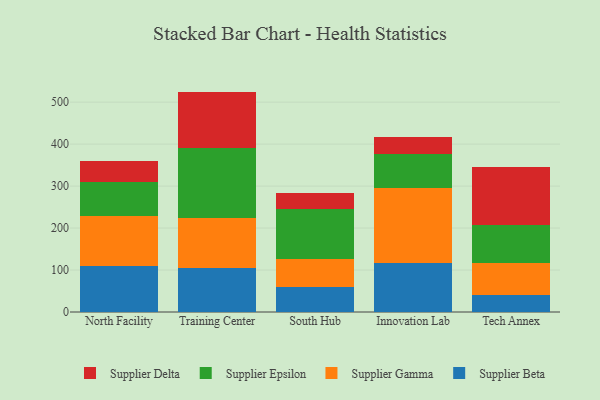
{"axis": {"x": "Campus", "y": "Shipments"}, "legend": ["Supplier Beta", "Supplier Delta", "Supplier Epsilon", "Supplier Gamma"], "data": [{"x": "North Facility", "y": 110.1, "type": "Supplier Beta"}, {"x": "North Facility", "y": 117.6, "type": "Supplier Gamma"}, {"x": "North Facility", "y": 82.8, "type": "Supplier Epsilon"}, {"x": "North Facility", "y": 49.0, "type": "Supplier Delta"}, {"x": "Training Center", "y": 104.2, "type": "Supplier Beta"}, {"x": "Training Center", "y": 119.7, "type": "Supplier Gamma"}, {"x": "Training Center", "y": 166.8, "type": "Supplier Epsilon"}, {"x": "Training Center", "y": 134.4, "type": "Supplier Delta"}, {"x": "South Hub", "y": 60.7, "type": "Supplier Beta"}, {"x": "South Hub", "y": 66.0, "type": "Supplier Gamma"}, {"x": "South Hub", "y": 119.7, "type": "Supplier Epsilon"}, {"x": "South Hub", "y": 36.7, "type": "Supplier Delta"}, {"x": "Innovation Lab", "y": 117.8, "type": "Supplier Beta"}, {"x": "Innovation Lab", "y": 177.9, "type": "Supplier Gamma"}, {"x": "Innovation Lab", "y": 80.9, "type": "Supplier Epsilon"}, {"x": "Innovation Lab", "y": 41.1, "type": "Supplier Delta"}, {"x": "Tech Annex", "y": 40.0, "type": "Supplier Beta"}, {"x": "Tech Annex", "y": 75.8, "type": "Supplier Gamma"}, {"x": "Tech Annex", "y": 90.7, "type": "Supplier Epsilon"}, {"x": "Tech Annex", "y": 139.1, "type": "Supplier Delta"}]}